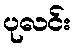
ပုလင်း